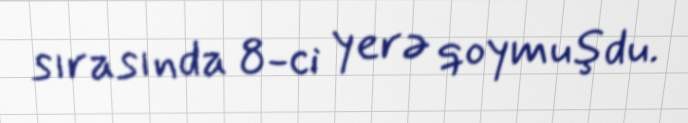
sırasında 8-ci yerə qoymuşdu.